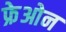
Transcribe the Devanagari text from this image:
फ्रेओन